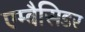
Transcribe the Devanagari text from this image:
एम्बैसिडर